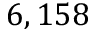
6 , 1 5 8